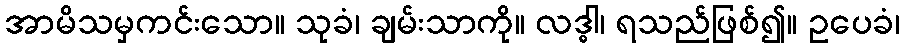
အာမိသမှကင်းသော။ သုခံ၊ ချမ်းသာကို။ လဒ္ဓါ၊ ရသည်ဖြစ်၍။ ဥပေခံ၊